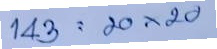
143 = 20x20